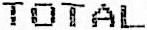
TOTAL